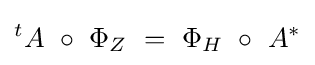
{}^{t}A~\circ ~\Phi _{Z}~=~\Phi _{H}~\circ ~A^{*}